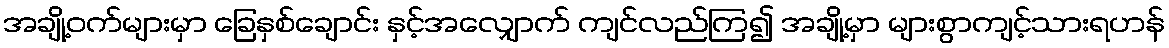
အချို့ဝက်များမှာ ခြေနှစ်ချောင်း နှင့်အလျှောက် ကျင်လည်ကြ၍ အချို့မှာ များစွာကျင့်သားရဟန်